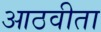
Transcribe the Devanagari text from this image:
आठवीता